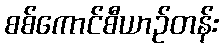
စစ်ကောင်စီယာဉ်တန်း